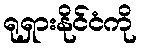
ရုရှားနိုင်ငံကို